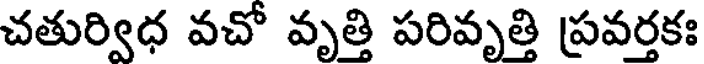
చతుర్విధ వచో వృత్తి పరివృత్తి ప్రవర్తకః